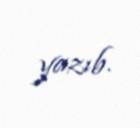
yazıb.